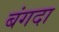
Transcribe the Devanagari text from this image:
बंगदा